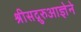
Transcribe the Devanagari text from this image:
श्रीसद्गुरुआज्ञेने